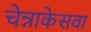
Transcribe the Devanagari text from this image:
चेन्नाकेसवा